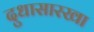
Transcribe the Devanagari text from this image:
दुधासारखा